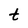
Character: t